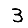
Digit: 3